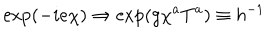
\exp ( - i e \chi ) \Rightarrow \exp ( g \chi ^ { a } T ^ { a } ) \equiv h ^ { - 1 }